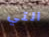
التي